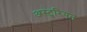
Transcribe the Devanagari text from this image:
अस्टुरियन